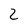
Character: Z